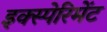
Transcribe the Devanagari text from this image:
इक्स्पेरिमेंट